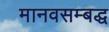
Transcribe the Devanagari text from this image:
मानवसम्बद्ध